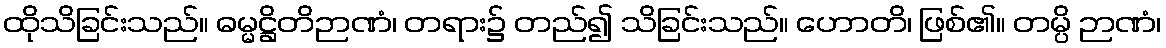
ထိုသိခြင်းသည်။ ဓမ္မဋ္ဌိတိဉာဏံ၊ တရား၌ တည်၍ သိခြင်းသည်။ ဟောတိ၊ ဖြစ်၏။ တမ္ပိ ဉာဏံ၊